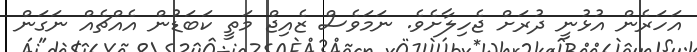
އަހަރެން އުޅުނީ ދުރަށް ޖެހިލާށެވެ. ނަމަވެސް ޒެއިޖް މަތީ ކަބަޑުން އެއްޗެއް ނަގަން